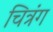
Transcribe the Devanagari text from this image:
चित्रंग